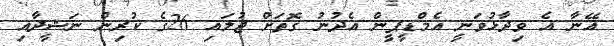
އޭނާ އެ ވިދާޅުވަނީ އެމްޑީޕީން އެދުނު ގޮތަށް ޖުލައި 26ގެ ކުރިން ނަޝީދާއި